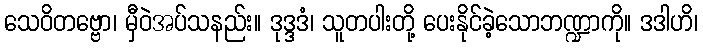
သေဝိတဗ္ဗော၊ မှီဝဲအပ်သနည်း။ ဒုဒ္ဒဒံ၊ သူတပါးတို့ ပေးနိုင်ခဲ့သောဘဏ္ဍာကို။ ဒဒါဟိ၊